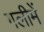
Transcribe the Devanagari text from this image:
गलीमें